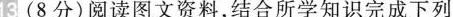
13(8分)阅读图文资料，结合所学知识完成下列